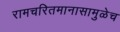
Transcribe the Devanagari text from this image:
रामचरितमानासामुळेच